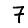
Digit: 7